Annual report of the Imperial Bacteriologist
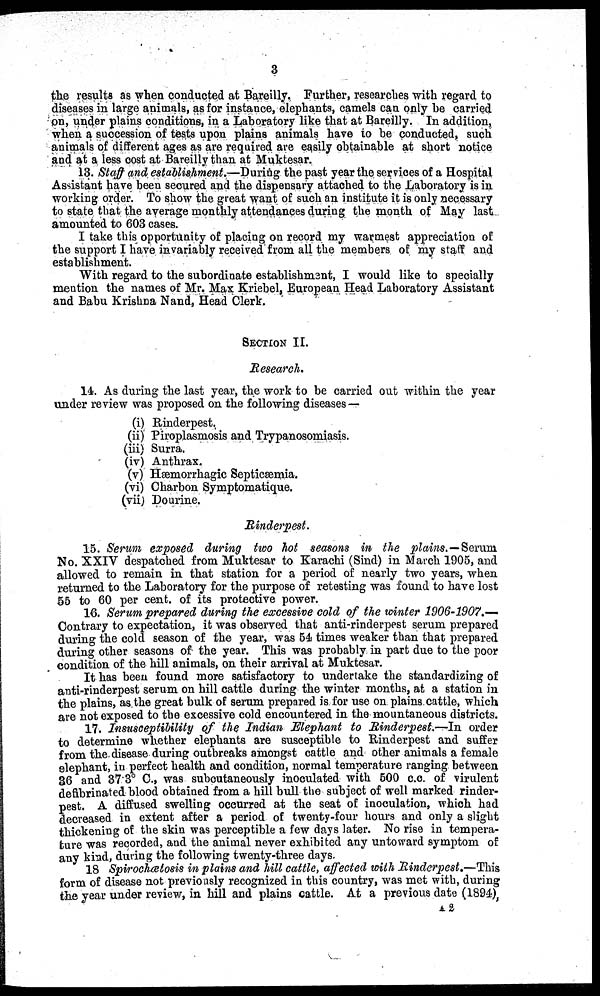
3
the results as when conducted at Bareilly. Further, researches with regard to
diseases in large animals, as for instance, elephants, camels can only be carried
on, under plains conditions, in a Laboratory like that at Bareilly. In addition,
when a succession of tests upon plains animals have to be conducted, such
animals of different ages as are required are easily obtainable at short notice
and at a less cost at Bareilly than at Muktesar.
13. Staff and establishment.—During the past year the services of a Hospital
Assistant have been secured and the dispensary attached to the Laboratory is in
working order. To show the great want of such an institute it is only necessary
to state that the average monthly attendances during the month of May last
amounted to 603 cases.
I take this opportunity of placing on record my warmest appreciation of
the support I have invariably received from all the members of my staff and
establishment.
With regard to the subordinate establishment, I would like to specially
mention the names of Mr. Max Kriebel. European Head Laboratory Assistant
and Babu Krishna Nand, Head Clerk.
SECTION II.
Research.
14. As during the last year, the work to be carried out within the year
under review was proposed on the following diseases—
(i) Rinderpest.
(ii) Piroplasmosis and Trypanosomiasis.
(iii) Surra.
(iv) Anthrax.
(v) Hæmorrhagic Septicæmia.
(vi) Charbon Symptomatique.
(vii) Dourine.
Rinderpest.
15. Serum exposed during two hot seasons in the plains.- Serum
No. XXIV despatched from Muktesar to Karachi (Sind) in March 1905, and
allowed to remain in that station for a period of nearly two years, when
returned to the Laboratory for the purpose of retesting was found to have lost
55 to 60 per cent. of its protective power.
16. Serum prepared during the excessive cold of the winter 1906-1907.—
Contrary to expectation, it was observed that anti-rinderpest serum prepared
during the cold season of the year, was 54 times weaker than that prepared
during other seasons of the year. This was probably in part due to the poor
condition of the hill animals, on their arrival at Muktesar.
It has been found more satisfactory to undertake the standardizing of
anti-rinderpest serum on hill cattle during the winter months, at a station in
the plains, as the great bulk of serum prepared is for use on plains cattle, which
are not exposed to the excessive cold encountered in the mountaneous districts.
17. Insusceptibility of the Indian Elephant to Rinderpest.—In order
to determine whether elephants are susceptible to Rinderpest and suffer
from the disease during outbreaks amongst cattle and other animals a female
elephant, in perfect health and condition, normal temperature ranging between
36 and 37.3° C., was subcutaneously inoculated with 500 c.c. of virulent
defibrinated blood obtained from a hill bull the subject of well marked rinder-
pest. A diffused swelling occurred at the seat of inoculation, which had
decreased in extent after a period of twenty-four hours and only a slight
thickening of the skin was perceptible a few days later. No rise in tempera-
ture was recorded, and the animal never exhibited any untoward symptom of
any kind, during the following twenty-three days.
18 Spirochætosis in plains and hill cattle, affected with Rinderpest.—This
form of disease not previously recognized in this country, was met with, during
the year under review, in hill and plains cattle. At a previous date (1894),
2